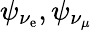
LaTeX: \psi_{\nu_{\mathrm{e}}},\psi_{\nu_{\mu}}